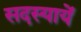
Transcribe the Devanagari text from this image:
सदस्यायें